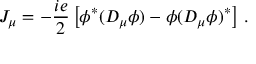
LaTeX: J _ { \mu } = - { \frac { i e } { 2 } } \left[ \phi ^ { * } ( { \cal D } _ { \mu } \phi ) - \phi ( { \cal D } _ { \mu } \phi ) ^ { * } \right] \, .